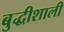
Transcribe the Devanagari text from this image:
बुद्धीशाली